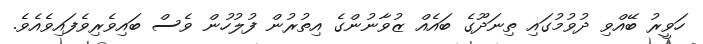
ހަވީރު ބޭއްވި ދުވުމުގައި ތިނަދޫގެ ބައެއް ޒުވާނުންގެ އިތުރުން ފުލުހުން ވެސް ބައިވެރިވެފައިވެއެވެެ.